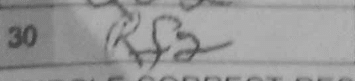
Transcription: Rf2